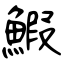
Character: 鰕